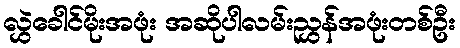
လွှဲခေါင်မိုးအဖုံး အဆိုပါလမ်းညွှန်အဖုံးတစ်ဦး